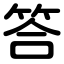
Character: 答